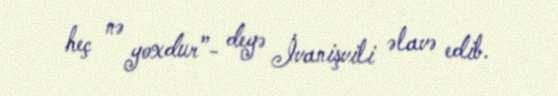
heç nə yoxdur”- deyə İvanişvili əlavə edib.